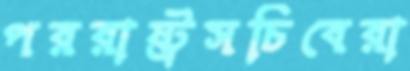
পররাষ্ট্রসচিবেরা